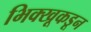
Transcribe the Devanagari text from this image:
भिक्खूकडून